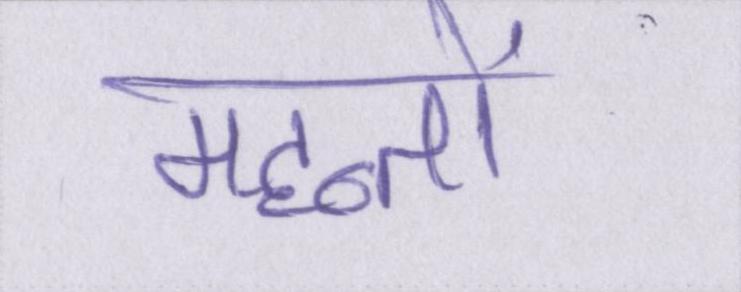
महन्तों